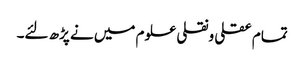
تمام عقلی ونقلی علوم میں نے پڑھ لئے۔